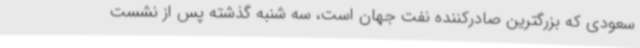
سعودی که بزرگترین صادرکننده نفت جهان است، سه شنبه گذشته پس از نشست